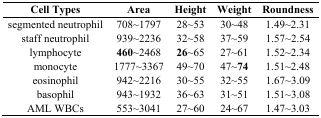
<table><thead><tr><td><b>Cell Types</b></td><td><b>Area</b></td><td><b>Height</b></td><td><b>Weight</b></td><td><b>Roundness</b></td></tr></thead><tbody><tr><td>segmented neutrophil</td><td>708~1797</td><td>28~53</td><td>30~48</td><td>1.49~2.31</td></tr><tr><td>staff neutrophil</td><td>939~2236</td><td>32~58</td><td>37~59</td><td>1.57~2.54</td></tr><tr><td>lymphocyte</td><td><b>460</b>~2468</td><td><b>26</b>~65</td><td>27~61</td><td>1.52~2.34</td></tr><tr><td>monocyte</td><td>1777~3367</td><td>49~70</td><td>47~<b>74</b></td><td>1.51~2.48</td></tr><tr><td>eosinophil</td><td>942~2216</td><td>30~55</td><td>32~55</td><td>1.67~3.09</td></tr><tr><td>basophil</td><td>943~1932</td><td>36~63</td><td>31~51</td><td>1.51~3.08</td></tr><tr><td>AML WBCs</td><td>553~3041</td><td>27~60</td><td>24~67</td><td>1.47~3.03</td></tr></tbody></table>